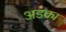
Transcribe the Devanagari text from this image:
अडका